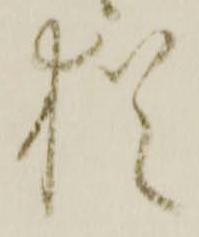
猶